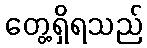
တွေ့ရှိရသည်